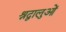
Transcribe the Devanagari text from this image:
श्रद्वालुओं